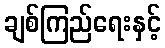
ချစ်ကြည်ရေးနှင့်